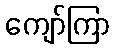
ကျော်ကြာ